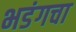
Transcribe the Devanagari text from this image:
भडंगचा